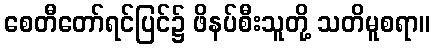
စေတီတော်ရင်ပြင်၌ ဖိနပ်စီးသူတို့ သတိမူစရာ။